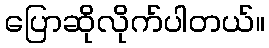
ပြောဆိုလိုက်ပါတယ်။